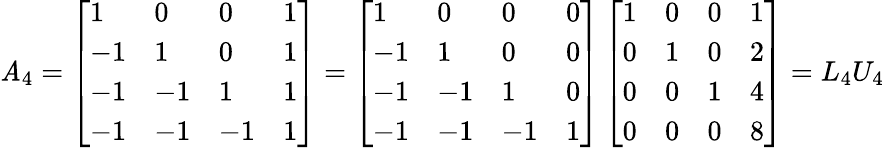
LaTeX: \mathit{A}_{4}=\left[\begin{array}{llll}{1}&{0}&{0}&{1}\\ {-1}&{1}&{0}&{1}\\ {-1}&{-1}&{1}&{1}\\ {-1}&{-1}&{-1}&{1}\end{array}\right]=\left[\begin{array}{llll}{1}&{0}&{0}&{0}\\ {-1}&{1}&{0}&{0}\\ {-1}&{-1}&{1}&{0}\\ {-1}&{-1}&{-1}&{1}\end{array}\right]\left[\begin{array}{llll}{1}&{0}&{0}&{1}\\ {0}&{1}&{0}&{2}\\ {0}&{0}&{1}&{4}\\ {0}&{0}&{0}&{8}\end{array}\right]=L_{4}U_{4}